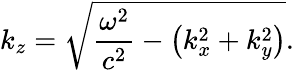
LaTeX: k_{z}={\sqrt{{\frac{\omega^{2}}{c^{2}}}-\left(k_{x}^{2}+k_{y}^{2}\right)}}.